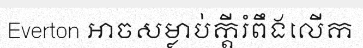
Everton អាចសម្លាប់ក្តីរំពឹងលើក